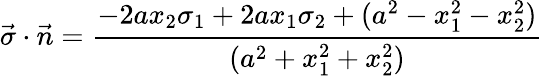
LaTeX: \vec{\sigma}\cdot\vec{n}={\frac{-2ax_{2}\sigma_{1}+2ax_{1}\sigma_{2}+(a^{2}-x_{1}^{2}-x_{2}^{2})}{(a^{2}+x_{1}^{2}+x_{2}^{2})}}